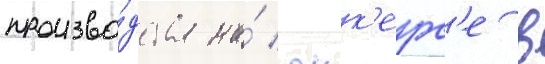
произво́дства на́ юнк'ерс'е в